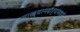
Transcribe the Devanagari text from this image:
व्याख्यानदौर्‍यांमध्ये